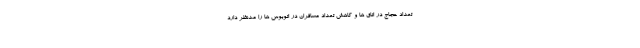
تعداد حجاج در اتاق ها و کاهش تعداد مسافران در اتوبوس ها را مدنظر دارد